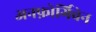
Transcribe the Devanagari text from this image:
अनफ़ोर्गिवेन